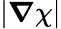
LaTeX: |\boldsymbol{\nabla}\chi|